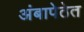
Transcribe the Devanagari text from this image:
अंबापेठेत